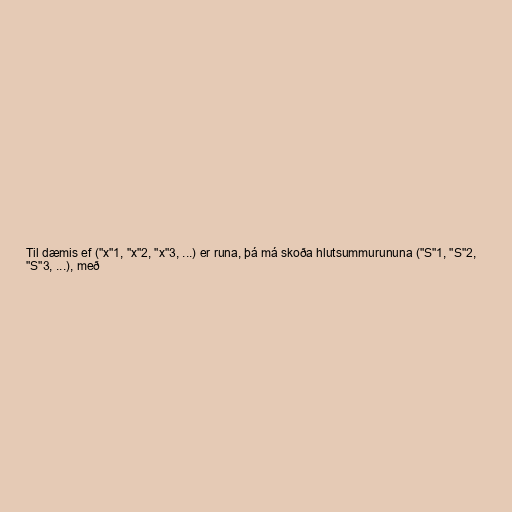
Til dæmis ef ("x"1, "x"2, "x"3, ...) er runa, þá má skoða hlutsummurununa ("S"1, "S"2,
"S"3, ...), með